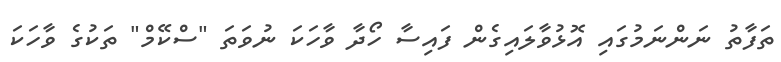
ތަފާތު ނަންނަމުގައި އޮޅުވާލައިގެން ފައިސާ ހޯދާ ވާހަކަ ނުވަތަ "ސްކޭމް" ތަކުގެ ވާހަކަ